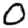
Digit: 0